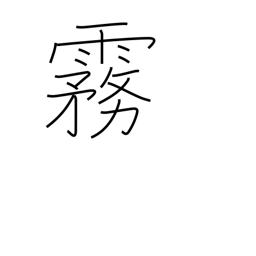
Meaning: mist